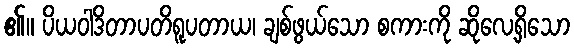
၏။ ပိယဝါဒိတာပတိရူပတာယ၊ ချစ်ဖွယ်သော စကားကို ဆိုလေ့ရှိသော